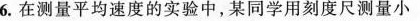
6.在测量平均速度的实验中，某同学用刻度尺测量小